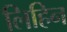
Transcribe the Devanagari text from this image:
लिहिन